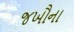
જખૌના